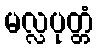
မလ္လပုတ္တံ